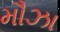
મૌઝા